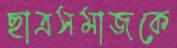
ছাত্রসমাজকে